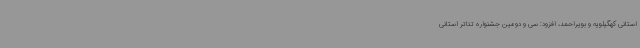
استانی کهگیلویه و بویراحمد، افزود: سی و دومین جشنواره تئاتر استانی